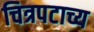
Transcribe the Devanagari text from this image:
चित्रपटाच्य